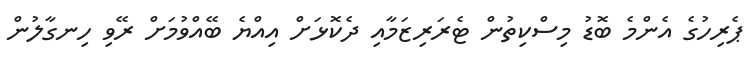
ޕެރިހުގެ އެންމެ ބޮޑު މިސްކިތުން ޓެރަރިޒަމާއި ދެކޮޅަށް އިއްޔެ ބޭއްވުމަށް ރޭވި ހިނގާލުން